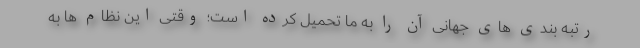
رتبه بندی های جهانی آن را به ما تحمیل کرده است؛ وقتی این نظام ها به